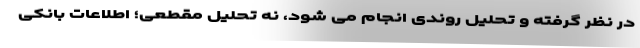
در نظر گرفته و تحلیل روندی انجام می شود، نه تحلیل مقطعی؛ اطلاعات بانکی